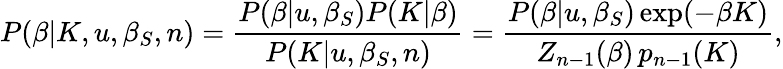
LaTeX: P(\beta|K,u,\beta_{S},n)=\frac{P(\beta|u,\beta_{S})P(K|\beta)}{P(K|u,\beta_{S},n)}=\frac{P(\beta|u,\beta_{S})\exp(-\beta K)}{Z_{n-1}(\beta)\, p_{n-1}(K)},